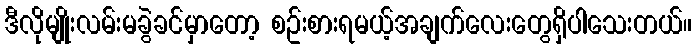
ဒီလိုမျိုးလမ်းမခွဲခင်မှာတော့ စဥ်းစားရမယ့်အချက်လေးတွေရှိပါသေးတယ်။